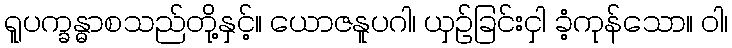
ရူပက္ခန္ဓာစသည်တို့နှင့်။ ယောဇနူပဂါ၊ ယှဉ်ခြင်းငှါ ခံ့ကုန်သော။ ဝါ၊